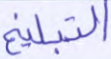
التبليغ